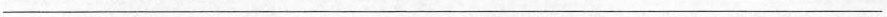
___